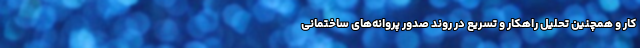
کار و همچنین تحلیل راهکار و تسریع در روند صدور پروانه‌های ساختمانی